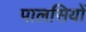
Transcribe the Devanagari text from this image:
पालसियों